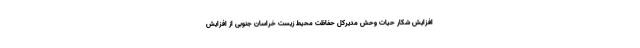
افزایش شکار حیات وحش مدیرکل حفاظت محیط زیست خراسان جنوبی از افزایش